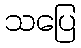
သပြေ